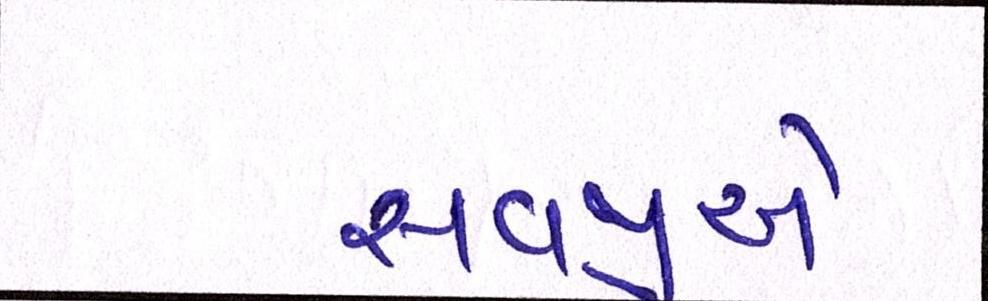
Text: સવજીએ